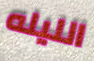
الليله